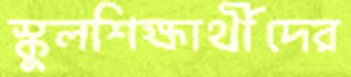
স্কুলশিক্ষার্থীদের